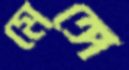
মেঙ্গে